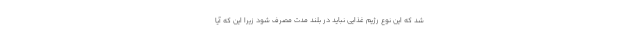
شد که این نوع رژیم غذایی نباید در بلند مدت مصرف شود زیرا این که آیا